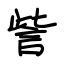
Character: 訾